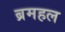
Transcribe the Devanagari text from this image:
ब्रमहल